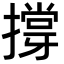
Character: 撐